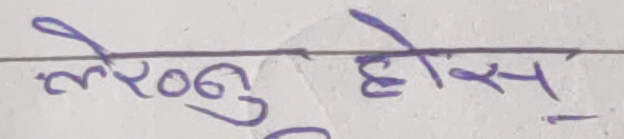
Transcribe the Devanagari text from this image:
लेख्नुहोस्